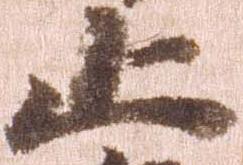
止